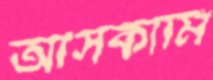
আসকামি